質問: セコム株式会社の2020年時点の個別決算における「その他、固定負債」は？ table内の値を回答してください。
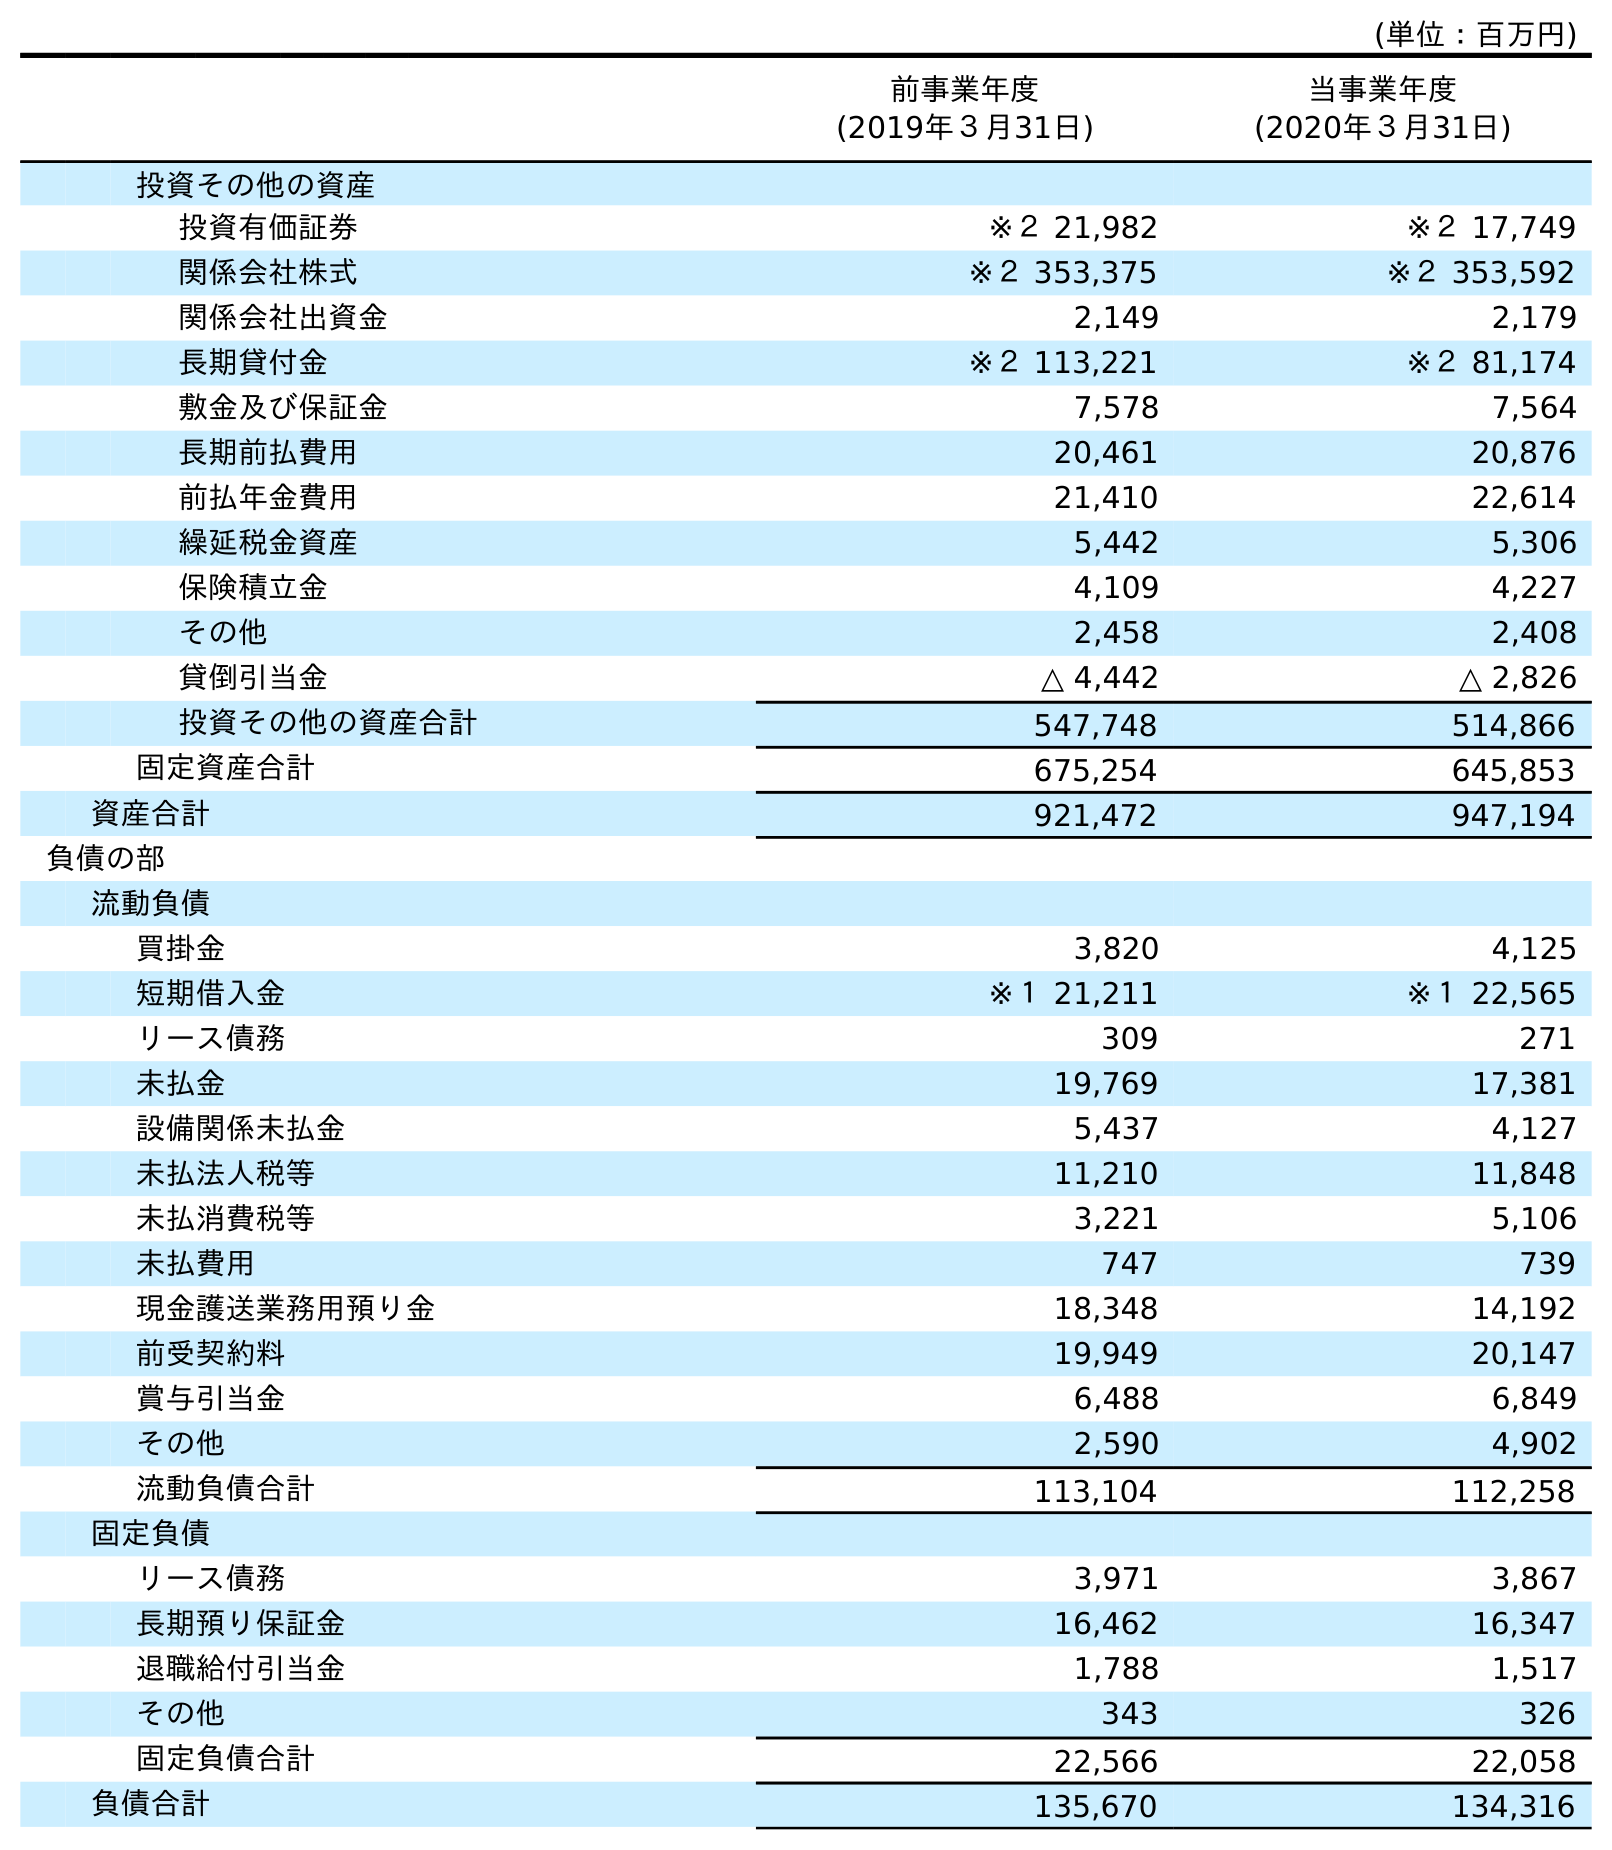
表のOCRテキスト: (単位：百万円) 前事業年度 (2019年３月31日) 当事業年度 (2020年３月31日) 投資その他の資産 投資有価証券 ※２ 21,982 ※２ 17,749 関係会社株式 ※２ 353,375 ※２ 353,592 関係会社出資金 2,149 2,179 長期貸付金 ※２ 113,221 ※２ 81,174 敷金及び保証金 7,578 7,564 長期前払費用 20,461 20,876 前払年金費用 21,410 22,614 繰延税金資産 5,442 5,306 保険積立金 4,109 4,227 その他 2,458 2,408 貸倒引当金 △ 4,442 △ 2,826 投資その他の資産合計 547,748 514,866 固定資産合計 675,254 645,853 資産合計 921,472 947,194 負債の部 流動負債 買掛金 3,820 4,125 短期借入金 ※１ 21,211 ※１ 22,565 リース債務 309 271 未払金 19,769 17,381 設備関係未払金 5,437 4,127 未払法人税等 11,210 11,848 未払消費税等 3,221 5,106 未払費用 747 739 現金護送業務用預り金 18,348 14,192 前受契約料 19,949 20,147 賞与引当金 6,488 6,849 その他 2,590 4,902 流動負債合計 113,104 112,258 固定負債 リース債務 3,971 3,867 長期預り保証金 16,462 16,347 退職給付引当金 1,788 1,517 その他 343 326 固定負債合計 22,566 22,058 負債合計 135,670 134,316
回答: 326